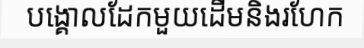
បង្គោលដែកមួយដើមនិងរហែក